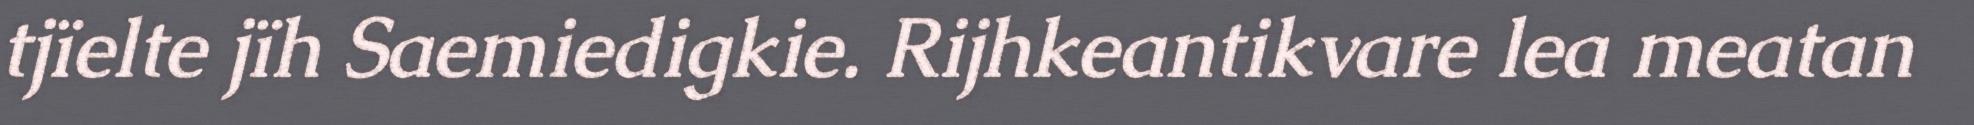
tjïelte jïh Saemiedigkie. Rijhkeantikvare lea meatan